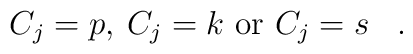
\;\;\;\;\; C_j=p,\: C_j=k {\mbox{ or }} C_j=s\;\;\; .